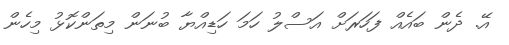
އޭ. ދެން ބައެއް ފަހަރަށް އަސްލު ހަމަ ހަޑިއްޔާ ބުނަން މިތަންކޮޅު މިހެން